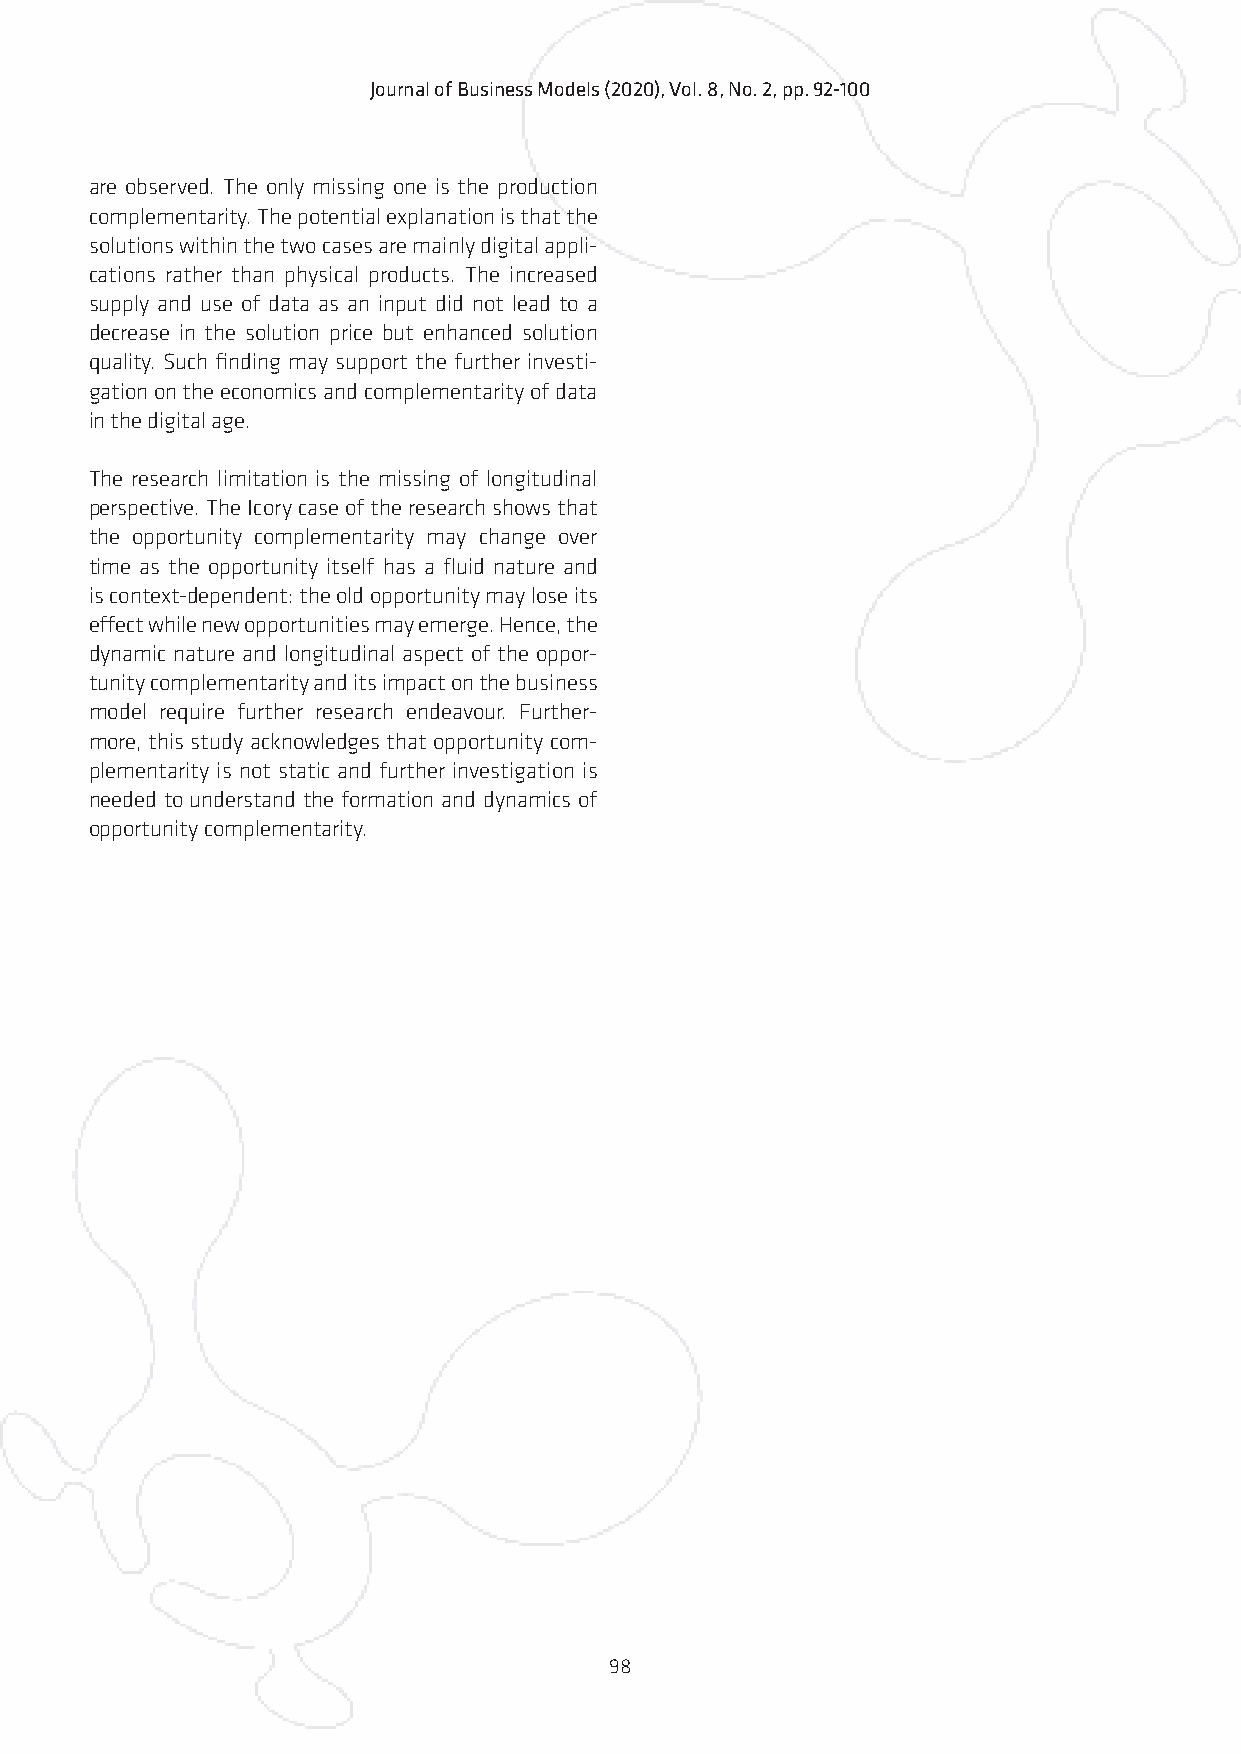
Journal of Business Models (2020), Vol. 8, No. 2, pp. 92-100
 are observed. The only missing one is the production
 complementarity. The potential explanation is that the
 solutions within the two cases are mainly digital appli-
 cations rather than physical products. The increased
 supply and use of data as an input did not lead to a
 decrease in the solution price but enhanced solution
 quality. Such finding may support the further investi-
 gation on the economics and complementarity of data
 in the digital age.
 The research limitation is the missing of longitudinal
 perspective. The Icory case of the research shows that
 the opportunity complementarity may change over
 time as the opportunity itself has a fluid nature and
 is context-dependent: the old opportunity may lose its
 effect while new opportunities may emerge. Hence, the
 dynamic nature and longitudinal aspect of the oppor-
 tunity complementarity and its impact on the business
 model require further research endeavour. Further-
 more, this study acknowledges that opportunity com-
 plementarity is not static and further investigation is
 needed to understand the formation and dynamics of
 opportunity complementarity.
 98